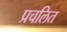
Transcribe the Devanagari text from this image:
प्रचलित